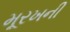
મૂરખની